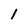
Character: 1